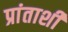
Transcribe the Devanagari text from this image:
प्रांताशी